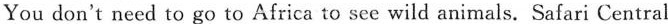
You don't need to go to Africa to see wild animals. Safari Central